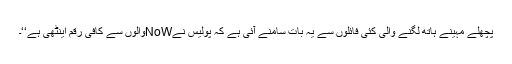
پچھلے مہینے ہاتھ لگنے والی کئی فائلوں سے یہ بات سامنے آئی ہے کہ پولیس نےNoWوالوں سے کافی رقم اینٹھی ہے‘‘۔